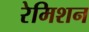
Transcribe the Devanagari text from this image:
रेमिशन